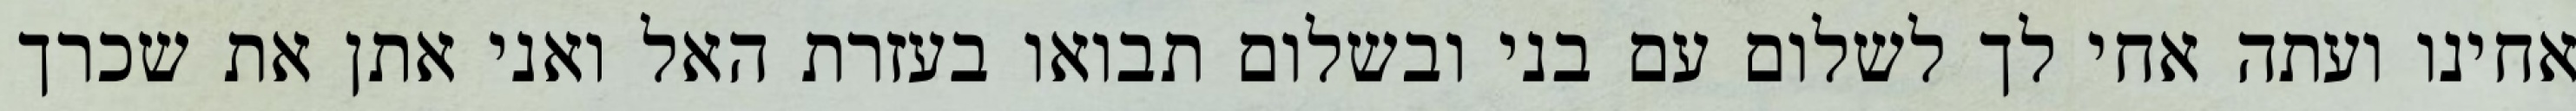
אחינו ועתה אחי לך לשלום עם בני ובשלום תבואו בעזרת האל ואני אתן את שכרך